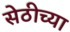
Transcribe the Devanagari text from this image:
सेठीच्या